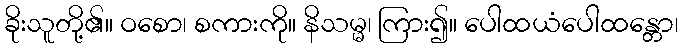
ခိုးသူတို့၏။ ဝစော၊ စကားကို။ နိသမ္မ၊ ကြား၍။ ပေါထယံပေါထန္တော၊